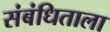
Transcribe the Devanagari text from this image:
संबंधिताला